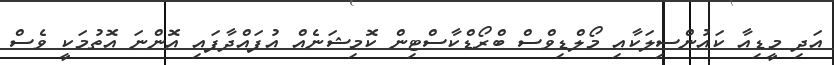
އަދި މީޑިއާ ކައުންސިލަކާއި މޯލްޑިވްސް ބްރޯޑްކާސްޓިން ކޮމިޝަނެއް އުފައްދާފައި އޮންނަ އޮތުމަކީ ވެސް